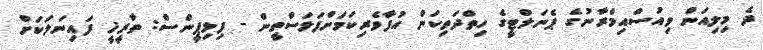
ދެ މިލިއަން ވިއުސްއިމްރާނުގެ ޕެނަލްޓީގެ ހިތްދަތިކަން އުފާވެރިކަމަށްފަލަސްތީން - ފިލިޕީންސް: ތާރީޚީ ފައިނަލަކަށް